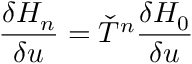
{ \frac { \delta H _ { n } } { \delta u } } = { \check { T } } ^ { n } { \frac { \delta H _ { 0 } } { \delta u } }